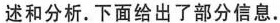
述和分析。下面给出了部分信息。